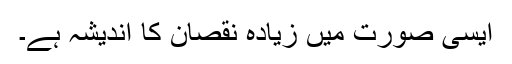
ایسی صورت میں زیادہ نقصان کا اندیشہ ہے۔